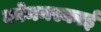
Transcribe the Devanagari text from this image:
कोमनस्काई